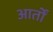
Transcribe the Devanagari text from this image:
आर्तों